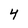
Character: 4